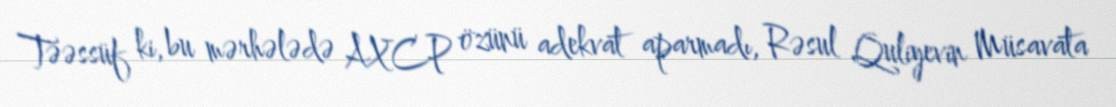
Təəssüf ki, bu mərhələdə AXCP özünü adekvat aparmadı, Rəsul Quliyevin Müsavata